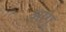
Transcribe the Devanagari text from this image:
आगू